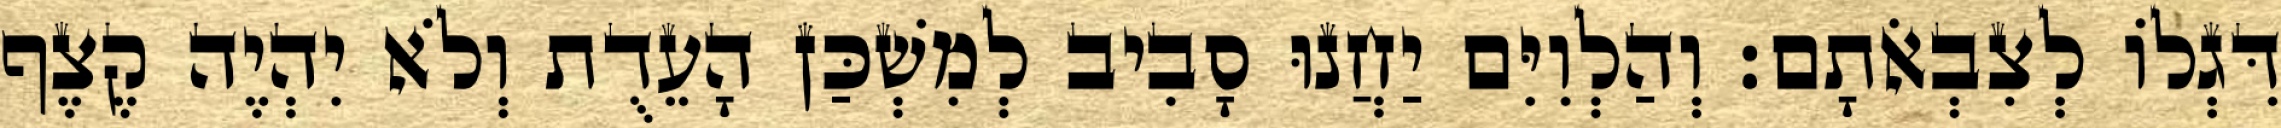
דִּגְלוֹ לְצִבְאֹתָם׃ וְהַלְוִיִּם יַחֲנוּ סָבִיב לְמִשְׁכַּן הָעֵדֻת וְלֹא יִהְיֶה קֶצֶף